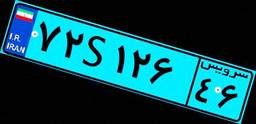
۶۲S۵۴۹۶۷